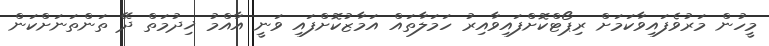
މީހުން މަރުވެފައިވާކަމަށް ރިޕޯޓްކޮށްފައިވާއިރު ހަމަލާތައް އަމާޒުކޮށްފައި ވަނީ އާއްމު ޚިދުމަތް ދޭ ތަންތަނަށްކަން